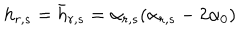
h _ { r , s } = \bar { h } _ { r , s } = \alpha _ { r , s } ( \alpha _ { r , s } - 2 \alpha _ { 0 } )